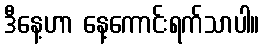
ဒီနေ့ဟာ နေ့ကောင်းရက်သာပါ။